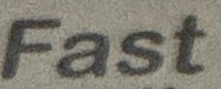
Fast